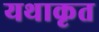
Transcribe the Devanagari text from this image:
यथाकृत